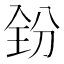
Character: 𪞇